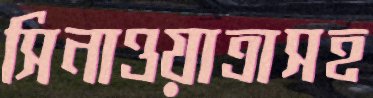
সিনাওয়াত্রাসহ